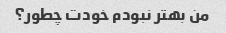
من بهتر نبودم خودت چطور؟